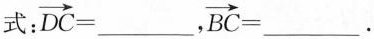
式： $$\overrightarrow{DC}=___$$， $$\overrightarrow{BC}=___$$.